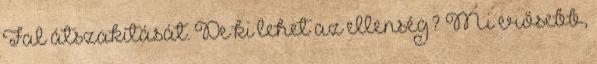
Fal átszakítását. De ki lehet az ellenség? Mi erősebb,